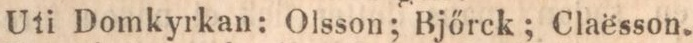
Uti Domkyrkan: Olsson; Bjőrck; Claësson.